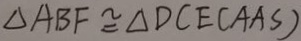
\Delta A B F \cong \Delta D C E ( A A S )